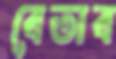
বেতাব